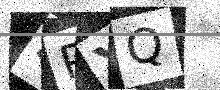
Text: SPYQ